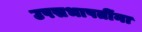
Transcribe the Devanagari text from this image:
उपसभापतींना